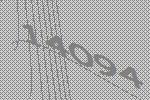
14094